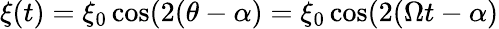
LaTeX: \xi(t)=\xi_{0}\cos(2(\theta-\alpha)=\xi_{0}\cos(2(\Omega t-\alpha)